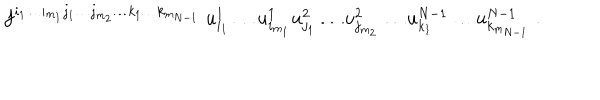
f ^ { i _ { 1 } \ldots i _ { m _ { 1 } } j _ { 1 } \ldots j _ { m _ { 2 } } \ldots k _ { 1 } \ldots k _ { m _ { N - 1 } } } \; u _ { i _ { 1 } } ^ { 1 } \ldots u _ { i _ { m _ { 1 } } } ^ { 1 } u _ { j _ { 1 } } ^ { 2 } \ldots u _ { j _ { m _ { 2 } } } ^ { 2 } \ldots u _ { k _ { 1 } } ^ { N - 1 } \ldots u _ { k _ { m _ { N - 1 } } } ^ { N - 1 } \; .